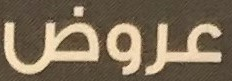
عروض